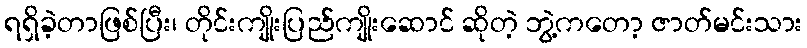
ရရှိခဲ့တာဖြစ်ပြီး၊ တိုင်းကျိုးပြည်ကျိုးဆောင် ဆိုတဲ့ ဘွဲ့ကတော့ ဇာတ်မင်းသား